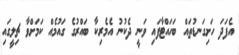
އެފަދަ ހަށިގަނޑުތައް ބަހައްޓާފައި ވަނީ ދެކުނު އެމެރިކާ ބައްރުގެ ގައުމެއް ކަމަށްވާ ޗިލީގައި